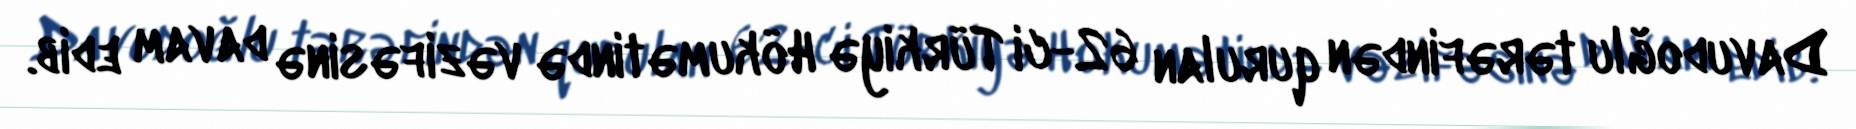
Davudoğlu tərəfindən qurulan 62-ci Türkiyə Hökumətində vəzifəsinə davam edib.